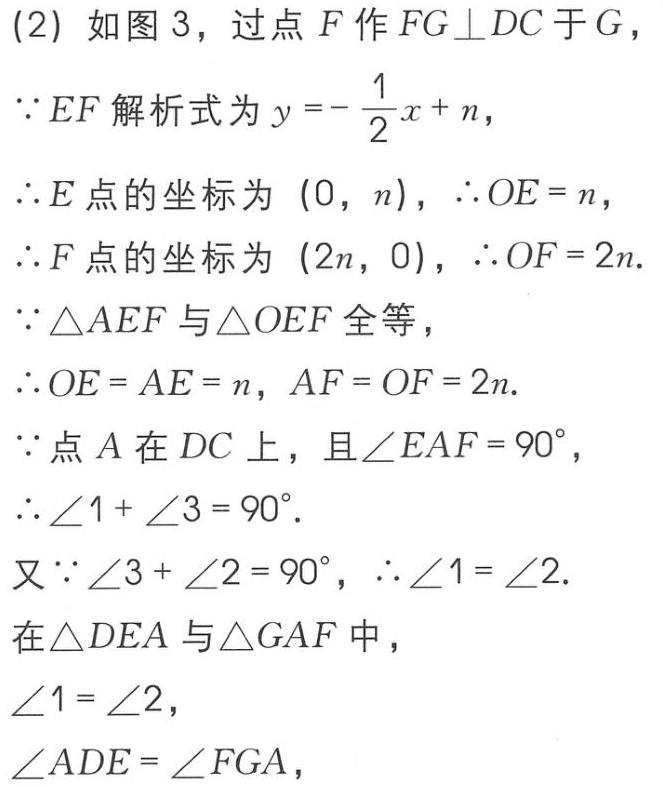
(2) 如图 3，过点 \(F\) 作 \(FG\perp DC\) 于 \(G\)，
\(\because EF\) 解析式为 \(y =-\frac{1}{2}x + n\)，
\(\therefore E\) 点的坐标为 \((0,n)\)，\(\therefore OE = n\)，
\(\therefore F\) 点的坐标为 \((2n,0)\)，\(\therefore OF = 2n\).
\(\because\triangle AEF\) 与 \(\triangle OEF\) 全等，
\(\therefore OE = AE = n\)，\(AF = OF = 2n\).
\(\because\) 点 \(A\) 在 \(DC\) 上，且 \(\angle EAF = 90^{\circ}\)，
\(\therefore\angle 1+\angle 3 = 90^{\circ}\).
又 \(\because\angle 3+\angle 2 = 90^{\circ}\)，\(\therefore\angle 1 = \angle 2\).
在 \(\triangle DEA\) 与 \(\triangle GAF\) 中，
\(\angle 1 = \angle 2\)，
\(\angle ADE=\angle FGA\)，